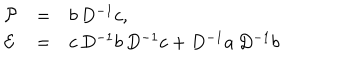
\begin{array} { l l l } { { { \cal P } } } & { { = } } & { { b \, D ^ { - 1 } c , } } \\ { { { \cal E } } } & { { = } } & { { c \, D ^ { - 1 } b \, D ^ { - 1 } c + D ^ { - 1 } a \, D ^ { - 1 } b } } \\ \end{array}